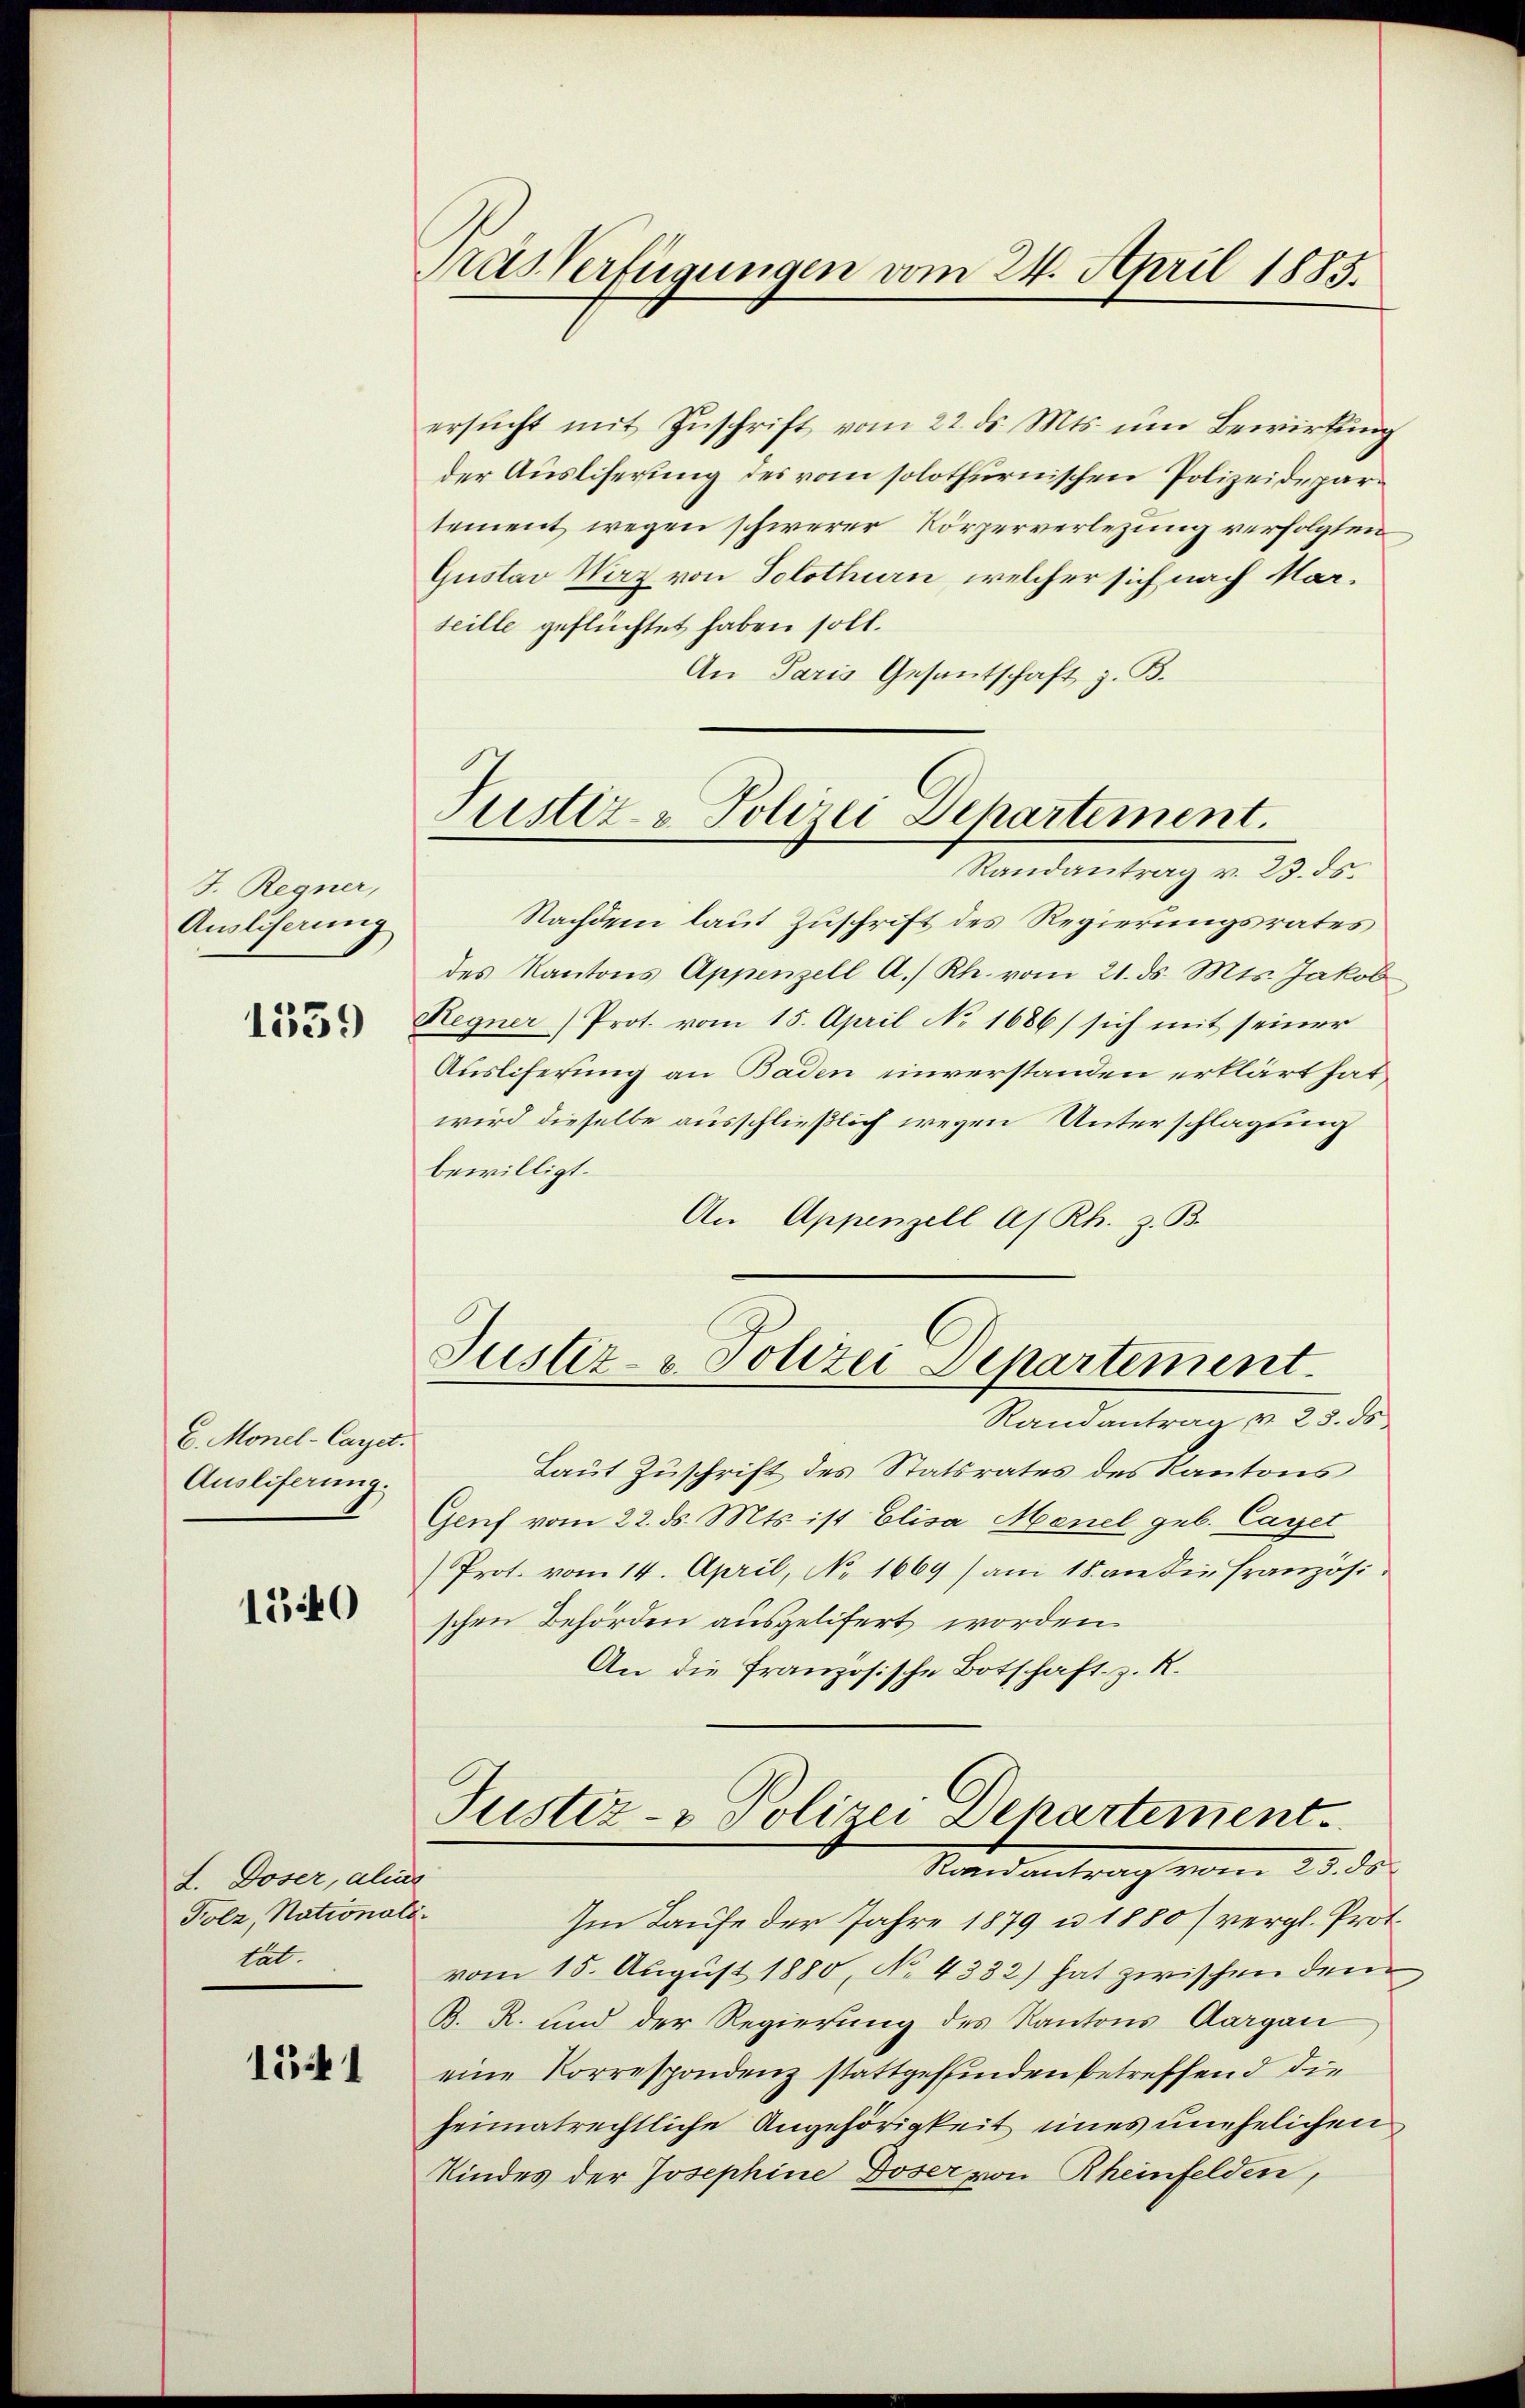
J. Regner,
Ausliserung

6. Monel-Caret.
Ausliferung.

1340

L. Doser, aliis
Folz, Nationali
tat.

1541

Kas Verfügungen vom 24. April 1885.

ersucht mit Zuschrift vom 22. ds. Mts. um Bewirkung
der Ausliserung des vom solothurnischen Polizeidepartement wegen schwerer Körperverletzung verfolgten
Gustav Waz von Solothurn, welcher sich nach Marseille geflüchtet haben soll.
An Paris Gesantschaft z. B.

Tustiz - Polizei-Departement.

Randantrag v. 23. ds.
Nachdem laut Zuschrift des Regierungsrates
des Kantons Appenzell A. Rh. vom 21. ds. Mts. Jakob
 Regner Prot. vom 15. April No 1686) sich mit seiner
Ausliferung an Baden unverstanden erklärt hat,
wird dieselbe ausschließlich wegen Unterschlagung
bewilligt.
An Appenzell A/Rh. z. B.
Justiz- u. Polizei Departement
Randantrag v. 28. ds.
Laut Zuschrift des Statsrates des Kantons
Genf vom 22. ds. Mts. ist Elisa Menel geb. Caget
Prot. vom 14. April, No 1669) am 18. an die Französischen Behörden ausgelifert worden.
An die Französische Botschaft z. R.

Justiz- & Polizei Departement.
Nandantrag vom 25. ds.

Im Laufe der Jahre 1879 u 1880 / vergl. Prot
vom 15. August 1880, No 4332) hat zwischen dem
B. R. und der Regierung des Kantons Aargau
eine Korrespondenz stattgeffinden betreffend die
heimatrechtliche Angehörigkeit eines unehelichen
Kindes der Josephine Doser von Rheinfelden,